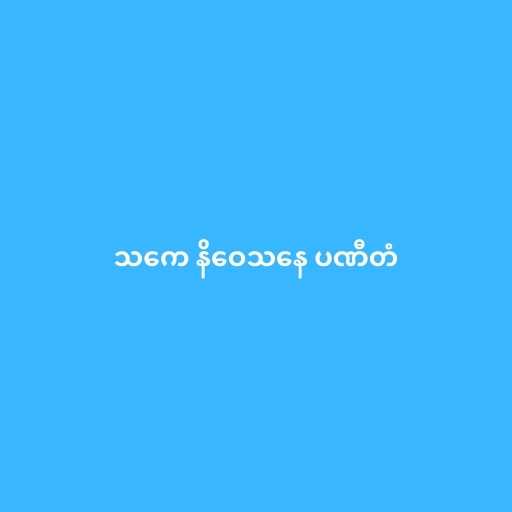
သကေ နိဝေသနေ ပဏီတံ